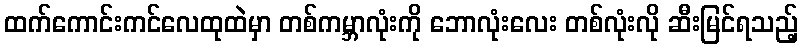
ထက်ကောင်းကင်လေထုထဲမှာ တစ်ကမ္ဘာလုံးကို ဘောလုံးလေး တစ်လုံးလို ဆီးမြင်ရသည့်